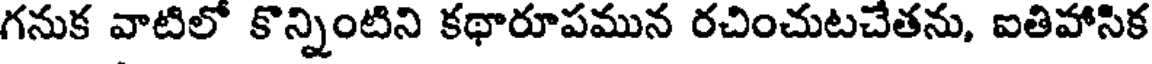
గనుక వాటిలో కొన్నింటిని కథారూపమున రచించుటచేతను, ఐతిహాసిక